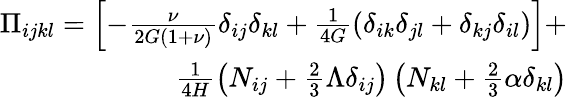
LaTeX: \begin{array}{r}{\Pi_{ijkl}=\left[-\frac{\nu}{2G(1+\nu)}\delta_{ij}\delta_{kl}+\frac{1}{4G}\left(\delta_{ik}\delta_{jl}+\delta_{kj}\delta_{il}\right)\right]+}\\ {\frac{1}{4H}\left(N_{ij}+\frac{2}{3}\Lambda\delta_{ij}\right)\left(N_{kl}+\frac{2}{3}\alpha\delta_{kl}\right)}\end{array}